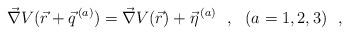
LaTeX: \begin{align*}\vec{\nabla} V(\vec{r} + \vec{q}^{\, (a)}) = \vec{\nabla} V(\vec{r}) +\vec{\eta}^{\, (a)}~~,~~(a=1, 2, 3)~~,\end{align*}